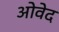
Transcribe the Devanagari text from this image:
ओवेद